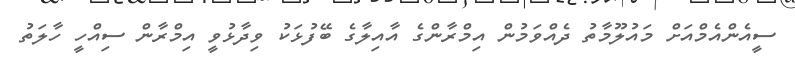
ސީއެންއެމްއަށް މައުލޫމާތު ދެއްވަމުން އިމްރާންގެ އާއިލާގެ ބޭފުޅަކު ވިދާޅުވީ އިމްރާން ސިއްހީ ހާލަތު